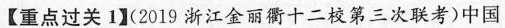
【重点过关1】(2019浙江金丽衢十二校第三次联考)中国